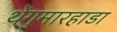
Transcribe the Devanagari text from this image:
थेंगुमारहाडा